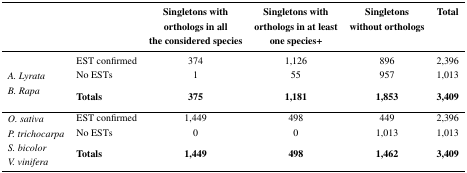
|  |  | Singletons with orthologs in all the considered species | Singletons with orthologs in at least one species+ | Singletons without orthologs | Total |
 | --- | --- | --- | --- | --- | --- |
 |  | EST confirmed | 374 | 1,126 | 896 | 2,396 |
 | A. Lyrata | No ESTs | 1 | 55 | 957 | 1,013 |
 | B. Rapa | Totals | 375 | 1,181 | 1,853 | 3,409 |
 | O. sativa | EST confirmed | 1,449 | 498 | 449 | 2,396 |
 | P. trichocarpa | No ESTs | 0 | 0 | 1,013 | 1,013 |
 | S. bicolor | <ROWSPAN=2> Totals | <ROWSPAN=2> 1,449 | <ROWSPAN=2> 498 | <ROWSPAN=2> 1,462 | <ROWSPAN=2> 3,409 |
 | V. vinifera |